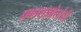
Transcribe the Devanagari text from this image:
प्रकाशझोतांची